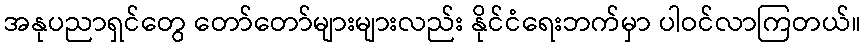
အနုပညာရှင်တွေ တော်တော်များများလည်း နိုင်ငံရေးဘက်မှာ ပါဝင်လာကြတယ်။